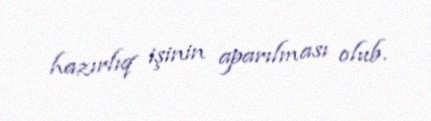
hazırlıq işinin aparılması olub.